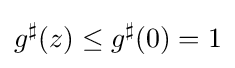
g^{\sharp }(z)\leq g^{\sharp }(0)=1